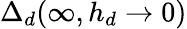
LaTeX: \Delta_{d}(\infty,h_{d}\rightarrow 0)